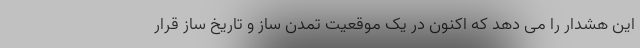
این هشدار را می دهد که اکنون در یک موقعیت تمدن ساز و تاریخ ساز قرار